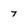
Character: 7